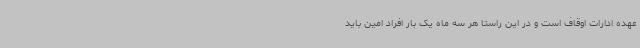
عهده ادارات اوقاف است و در این راستا هر سه ماه یک بار افراد امین باید